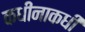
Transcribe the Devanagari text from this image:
कधीनाकधी